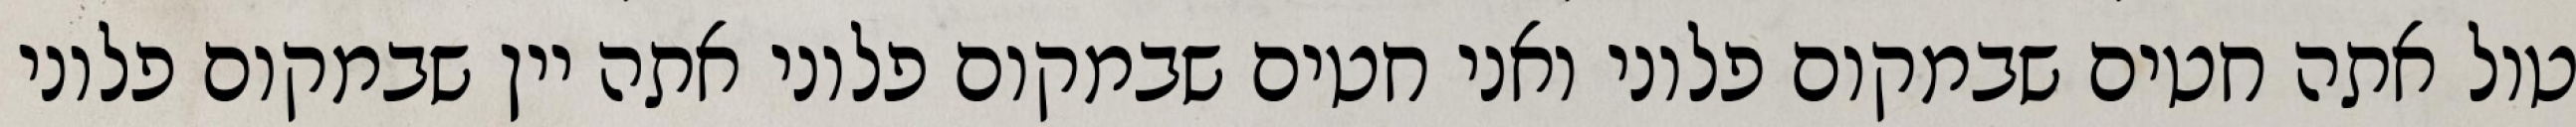
טול אתה חטים שבמקום פלוני ואני חטים שבמקום פלוני אתה יין שבמקום פלוני